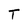
Character: T